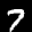
Label: 7